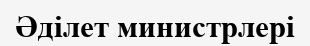
Әділет министрлері